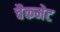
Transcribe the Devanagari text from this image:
चैकमेट